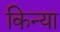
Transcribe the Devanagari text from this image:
किन्या